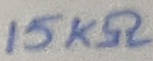
Text: 15KΩ